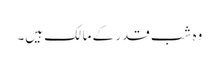
وہ شب قدر کے مالک ہیں۔